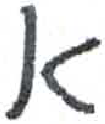
אות: א